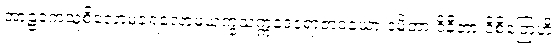
အာဠဝကသူစိလောမခရလောမယက္ခသက္ကဒေဝရာဇာဒယော ဒမိတာ ဝိနီတာ ဝိစိတြေဟိ